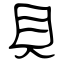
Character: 貝